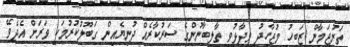
ތަރުޖަމާން ޒަބީހު މުޖާހިދު ވިދާޅުވީ ތާލިބާނުންގެ ސަރުކާރެއް ދުނިޔެއިން ގަބޫލުކުރުމަކީ ވަރަށް އެދެވޭ